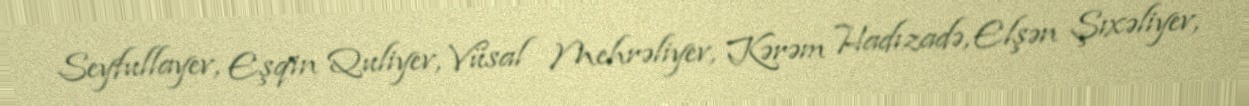
Seyfullayev, Eşqin Quliyev, Vüsal Mehrəliyev, Kərəm Hadızadə, Elşən Şıxəliyev,